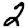
Digit: 2